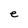
Character: e